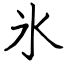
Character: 氷